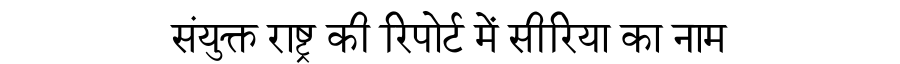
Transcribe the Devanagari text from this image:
संयुक्त राष्ट्र की रिपोर्ट में सीरिया का नाम